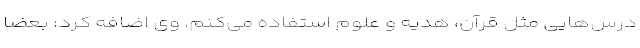
درس‌هایی مثل قرآن، هدیه و علوم استفاده می‌کنم. وی اضافه کرد: بعضا